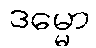
ဒမ္မော